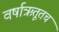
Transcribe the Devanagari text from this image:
वर्षाऋतूतच